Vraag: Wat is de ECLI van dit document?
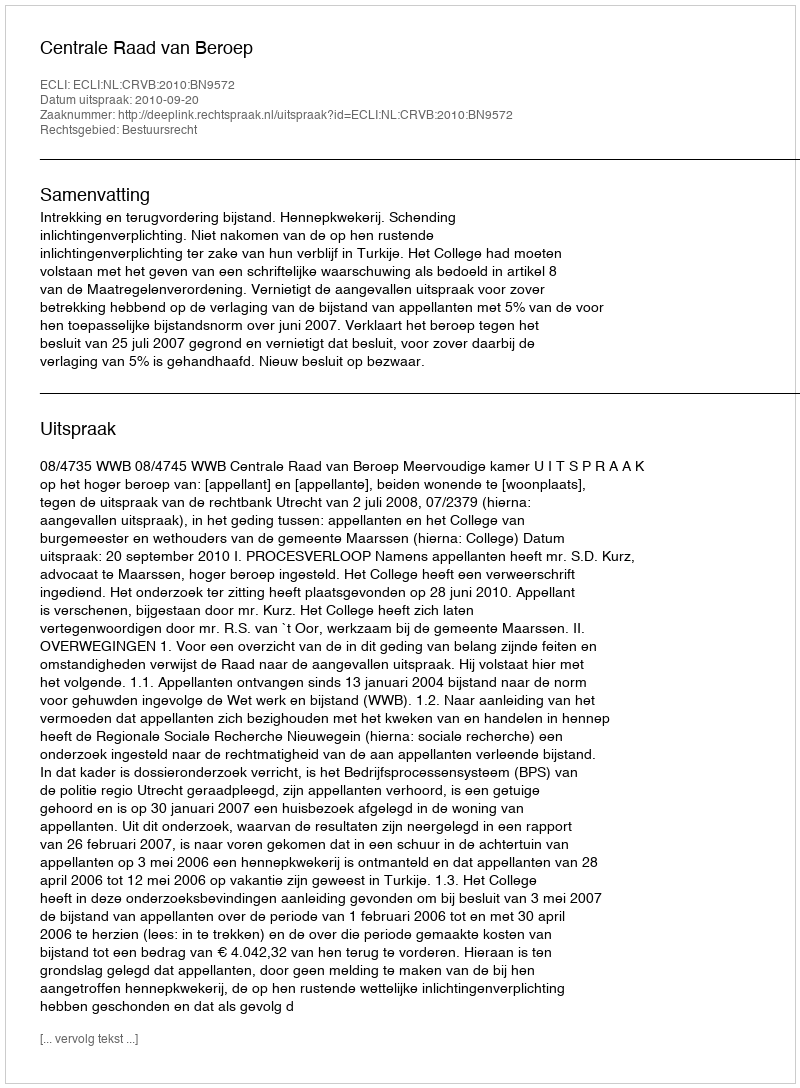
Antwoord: ECLI:NL:CRVB:2010:BN9572